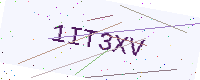
Text: 1IT3XV